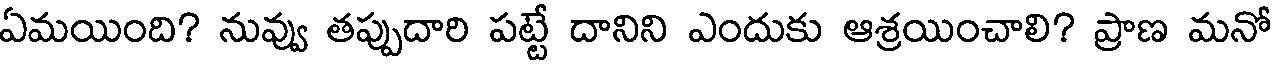
ఏమయింది? నువ్వు తప్పుదారి పట్టే దానిని ఎందుకు ఆశ్రయించాలి? ప్రాణ మనో